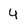
Character: 4